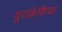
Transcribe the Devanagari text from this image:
यूराफ़्रेशिया